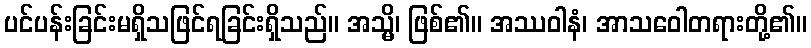
ပင်ပန်းခြင်းမရှိသဖြင်ရခြင်းရှိသည်။ အသ္မိ၊ ဖြစ်၏။ အဿဝါနံ၊ အာသဝေါတရားတို့၏။